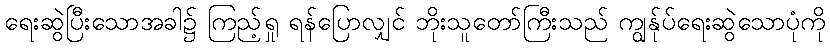
ရေးဆွဲပြီးသောအခါ၌ ကြည့်ရှု ရန်ပြောလျှင် ဘိုးသူတော်ကြီးသည် ကျွန်ုပ်ရေးဆွဲသောပုံကို